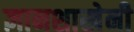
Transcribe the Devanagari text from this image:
ज्ञानशाखेनी